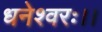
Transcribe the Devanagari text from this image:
धनेश्वरः।।